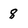
Character: 8